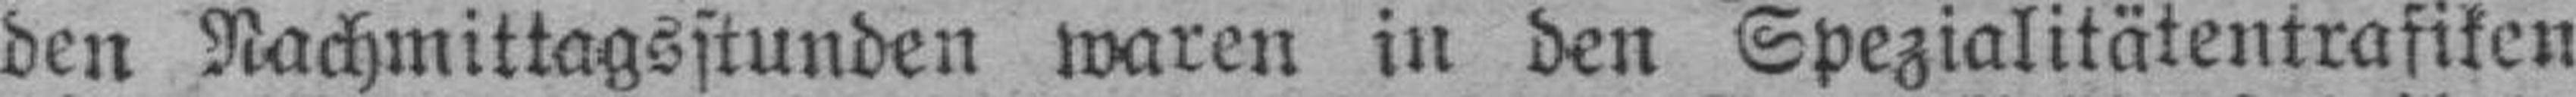
den Nachmittagsstunden waren in den Spezialitätentrafiken